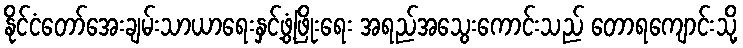
နိုင်ငံတော်အေးချမ်းသာယာရေးနှင့်ဖွံ့ဖြိုးရေး အရည်အသွေးကောင်းသည် တောရကျောင်းသို့